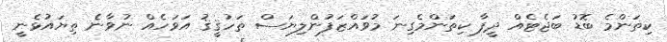
ކިތަންމެ ބޮޑު ބަޖެޓެއް ދީފާ ކިތަންމެގިނަ މުވައްޒަފުންލިޔަސް ތަހުޤީޤު އަވަހެއް ނުވާނެ ތިޔައުޅެނީ